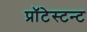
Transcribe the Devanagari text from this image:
प्रॉटेस्टन्ट